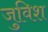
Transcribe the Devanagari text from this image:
जुविश